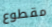
مقطوع